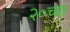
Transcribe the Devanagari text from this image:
२०च्या